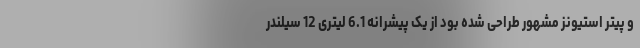
و پیتر استیونز مشهور طراحی شده بود از یک پیشرانه 6.1 لیتری 12 سیلندر